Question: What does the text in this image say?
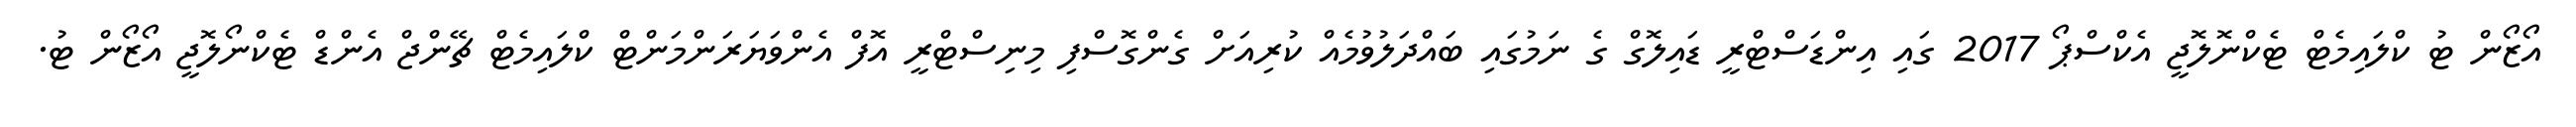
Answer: އޯޒޯން ޓު ކްލައިމެޓް ޓެކްނޮލޮޖީ އެކްސްޕޯ 2017 ގައި އިންޑަސްޓްރީ ޑައިލޮގް ގެ ނަމުގައި ބައްދަލުވުމެއް ކުރިއަށް ގެންގޮސްފި މިނިސްޓްރީ އޮފް އެންވަޔަރަންމަންޓް ކްލައިމެޓް ޗޭންޖް އެންޑް ޓެކްނޯލޮޖީ އޯޒޯން ޓު.